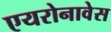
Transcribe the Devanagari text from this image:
एयरोनावेस